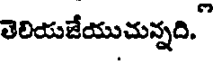
తెలియజేయుచున్నది."